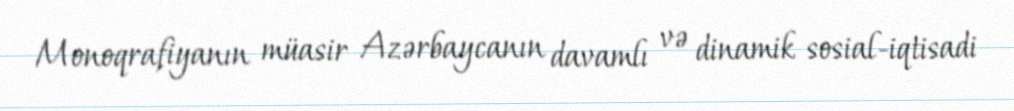
Monoqrafiyanın müasir Azərbaycanın davamlı və dinamik sosial-iqtisadi